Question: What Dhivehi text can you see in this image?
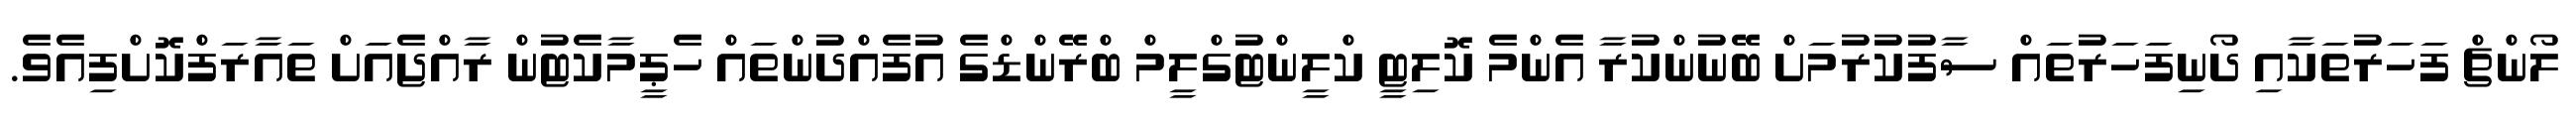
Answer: ލޯންޗް ފަހަރުތަކާއި ދޯނިފަހަރުތައް ސާފުކުރުމަށް ބޭނުންކުރާ އެންމެ ކޮލިޓީ ކްލީންޓުގްލީމް ބްރޭންޑްގެ އުފެއްދުންތައް ހެޕީމާކެޓުން ރާއްޖެއަށް ތައާރަފްކޮށްފިއެވެ.